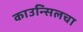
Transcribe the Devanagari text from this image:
काउन्सिलचा